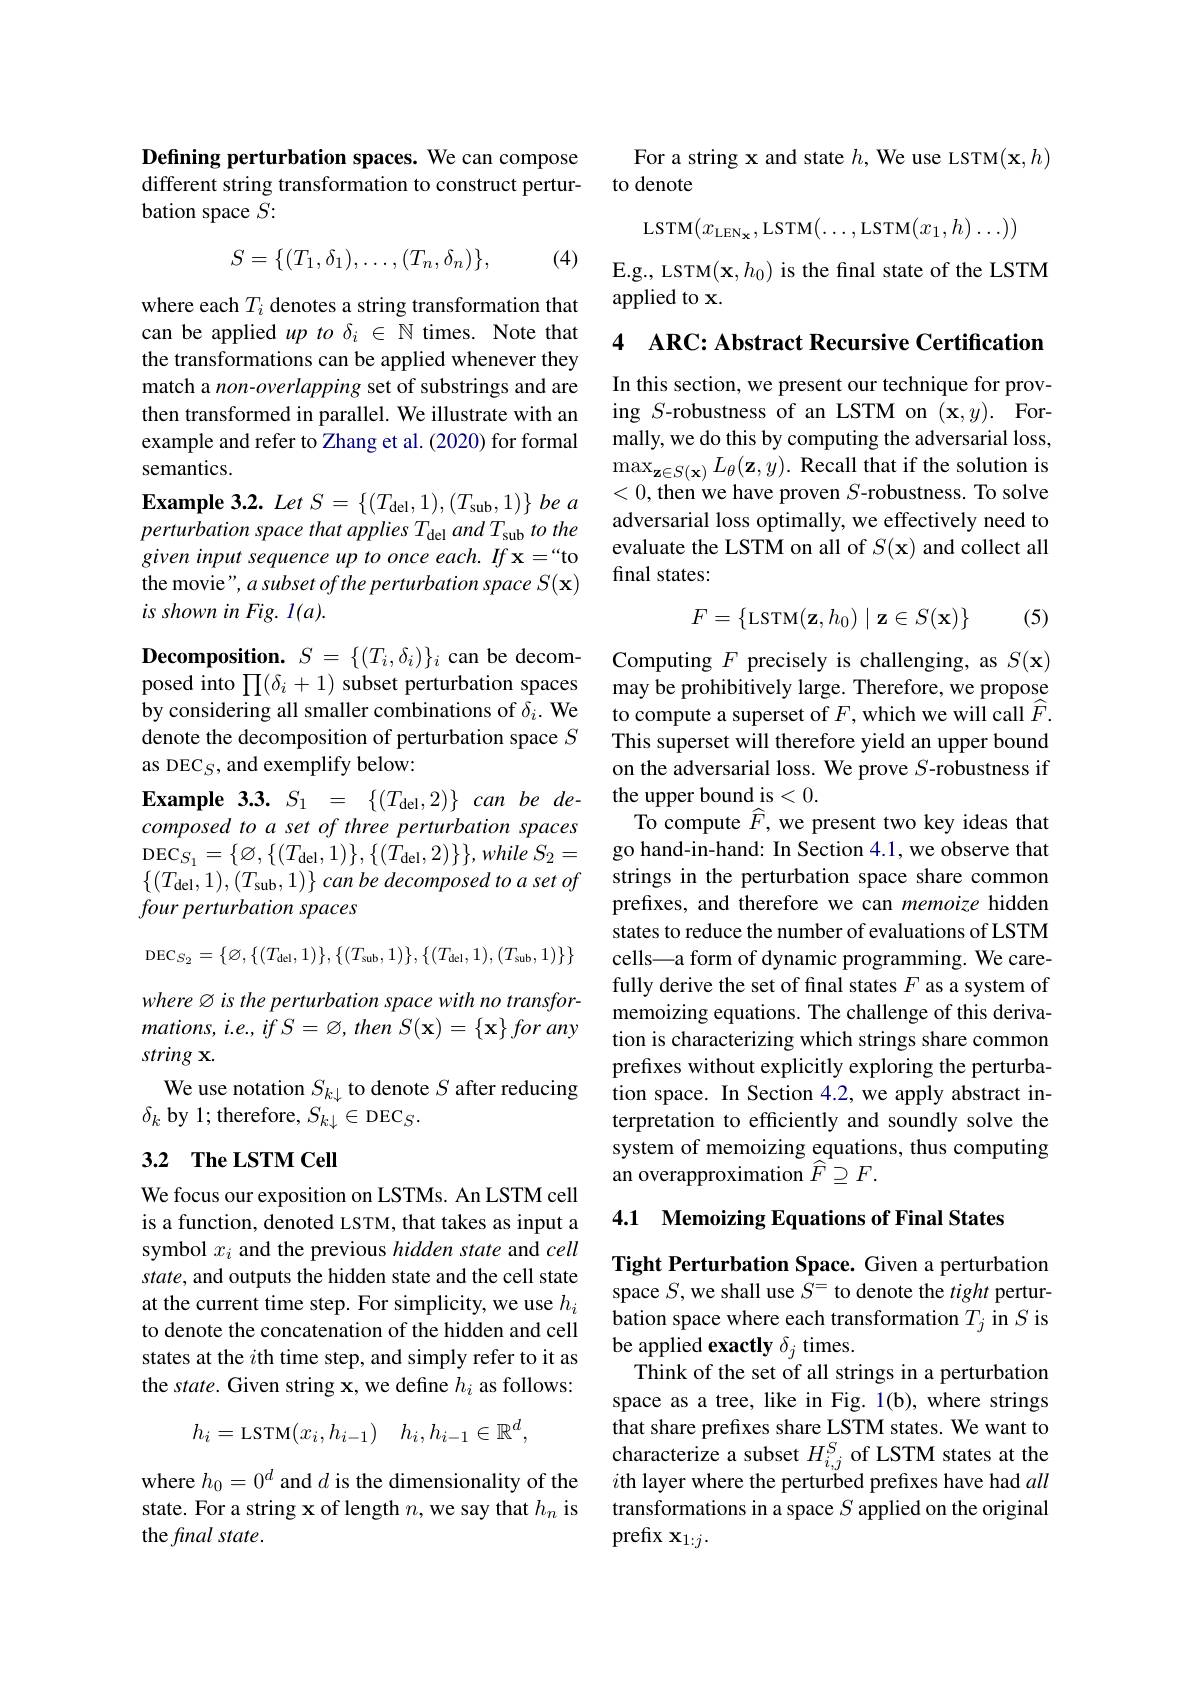
Defining perturbation spaces. We can compose different string transformation to construct perturbation space $S:$
$$S=\{(T_1,\delta_1),\ldots,(T_n,\delta_n)\},$$
(4)

where each $T_i$ denotes a string transformation that can be applied up to $\delta_i\in\mathbb{N}$ times. Note that the transformations can be applied whenever they match a non- overlapping set of substrings and are then transformed in parallel. We illustrate with an example and refer to Zhang et al. (2020) for formal semantics.
$\mathbf{Example~3. 2. ~Let~S= ~\{ ( T_{\mathrm{del}}, 1) , ( T_{\mathrm{sub}}, 1) \} be a}$ perturbation space that applies T and T sub to the given input sequence up to once each. If x=“to the movie", a subset of the perturbation space S( x) $is\textit{shown in Fig. l}( a) .$

$\textbf{Decomposition. }S= \{ ( T_{i}, \delta _{i}) \} _{i}$can be decomposed into $\prod(\delta_{i}+1)$ subset perturbation spaces by considering all smaller combinations of $\delta_i.$ We denote the decomposition of perturbation space $S$ as DEC$_S$,and exemplify below:
$\mathbf{Example}3. 3. S_{1}= \{ ( T_{\mathrm{del}}, 2) \}$ can be decomposed to a set of three perturbation spaces $\mathrm{DEC}_{S_{1}}= \left \{ \varnothing , \left \{ ( T_{\mathrm{del}}, 1) \right \} , \left \{ ( T_{\mathrm{del}}, 2) \right \} \right \} , while$ $S_{2}=$ $\{ ( T_{\mathrm{del}}, 1) , ( T_{\mathrm{sub}}, 1) \} \textit{can be decomposed to a set of}$ four perturbation spaces
$$\mathrm{DEC}_{S_2}=\{\varnothing,\{(T_{\mathrm{del}},1)\},\{(T_{\mathrm{sub}},1)\},\{(T_{\mathrm{del}},1),(T_{\mathrm{sub}},1)\}\}$$
where Ø is the perturbation space with no transfor- $mations, i. e. , if$ $S= \varnothing $, then $S( \mathbf{x} ) = \{ \mathbf{x} \}$ for any $string\textbf{x}.$
We use notation $S_{k\downarrow}$ to denote $S$ after reducing
$\delta_{k}$ by 1; therefore, $S_k\downarrow\in\mathrm{DEC}_S.$

## 3.2 The LSTM Cell

We focus our exposition on LSTMs. An LSTM cell is a function, denoted LSTM, that takes as input a symbol $x_i$ and the previous hidden state and cell state, and outputs the hidden state and the cell state at the current time step. For simplicity, we use $h_i$ to denote the concatenation of the hidden and cell states at the $i$th time step, and simply refer to it as the state. Given string x, we define $h_i$ as follows:
$$h_i=\text{LSTM}(x_i,h_{i-1})\quad h_i,h_{i-1}\in\mathbb{R}^d,$$
where $h_0=0^d$ and $d$ is the dimensionality of the state. For a string x of length $n$,we say that $h_n$ is the final state.

For a string x and state $h$, We use LSTM$(\mathbf{x},h)$
to denote
$$\mathrm{LSTM}(x_{\mathrm{LEN}_{\mathbf{x}}},\mathrm{LSTM}(\ldots,\mathrm{LSTM}(x_1,h)\ldots))$$
E.g., LSTM$(\mathbf{x},h_{0})$ is the final state of the LSTM
applied to x.

4 ARC: Abstract Recursive Certification

In this section, we present our technique for proving $S$-robustness of an LSTM on (x,y). Formally, we do this by computing the adversarial loss, $\operatorname*{max}_{\mathbf{z}\in S(\mathbf{x})}L_{\theta}(\mathbf{z},y).$ Recall that if the solution is <0,then we have proven $S$-robustness. To solve adversarial loss optimally, we effectively need to evaluate the LSTM on all of $S(\mathbf{x})$ and collect all final states:

(5)
$$F=\begin{Bmatrix}\text{LSTM}(\mathbf{z},h_0)&\mathbf{z}\in S(\mathbf{x})\end{Bmatrix}$$
Computing $F$ precisely is challenging, as $S(\mathbf{x})$ may be prohibitively large. Therefore, we propose to compute a superset of $F$, which we will call $\widehat{F}.$ This superset will therefore yield an upper bound on the adversarial loss. We prove $S$-robustness if the upper bound is <0.
To compute $\widehat{F}$, we present two key ideas that go hand-in-hand: In Section 4.1, we observe that strings in the perturbation space share common prefixes, and therefore we can memoize hidden states to reduce the number of evaluations of LSTM cells—a form of dynamic programming. We carefully derive the set of final states $F$ as a system of memoizing equations. The challenge of this derivation is characterizing which strings share common prefixes without explicitly exploring the perturbation space. In Section 4.2, we apply abstract interpretation to efficiently and soundly solve the system of memoizing equations, thus computing an overapproximation $\widehat{F}\supseteq F.$

### 4.1 Memoizing Equations of Final States

Tight Perturbation Space. Given a perturbation space $S$,we shall use $S^=$ to denote the tight perturbation space where each transformation $T_j$ in $S$ is be applied exactly $\delta_j$ times.
Think of the set of all strings in a perturbation space as a tree, like in Fig. 1(b), where strings that share prefixes share LSTM states. We want to characterize a subset $H_{i,j}^S$ of LSTM states at the $i$th layer where the perturbed prefixes have had all transformations in a space $S$ applied on the original prefix $\mathbf{x}_{1:j}.$